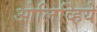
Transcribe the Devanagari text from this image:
ओलिव्हिये